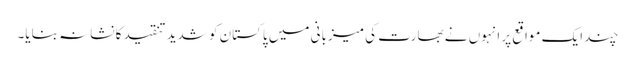
چند ایک مواقع پر انہوں نے بھارت کی میزبانی میں پاکستان کو شدید تنقید کا نشانہ بنایا۔